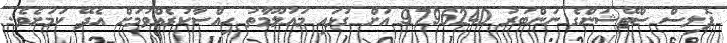
ޕޮލިސް ސްޓޭޝަންގެ ނަންބަރު 9796240 އަށް ގުޅައި މައުލޫމާތު ހިއްސާކުރެއްވުމަށް އެދޭ ކަމަށެވެ.